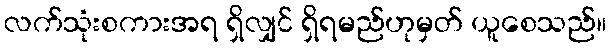
လက်သုံးစကားအရ ရှိလျှင် ရှိရမည်ဟုမှတ် ယူစေသည်။